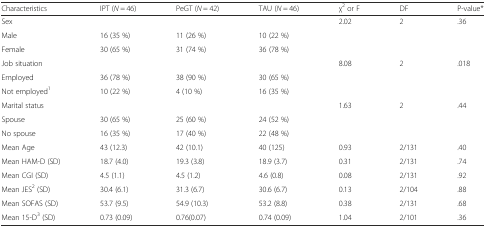
<table><thead><tr><td><b>Characteristics</b></td><td><b>IPT (<i>N</i> = 46)</b></td><td><b>PeGT (<i>N</i> = 42)</b></td><td><b>TAU (<i>N</i> = 46)</b></td><td><b>χ<sup>2</sup> or F</b></td><td><b>DF</b></td><td><b>P-value*</b></td></tr></thead><tbody><tr><td>Sex</td><td></td><td></td><td></td><td>2.02</td><td>2</td><td>.36</td></tr><tr><td>Male</td><td>16 (35 %)</td><td>11 (26 %)</td><td>10 (22 %)</td><td></td><td></td><td></td></tr><tr><td>Female</td><td>30 (65 %)</td><td>31 (74 %)</td><td>36 (78 %)</td><td></td><td></td><td></td></tr><tr><td>Job situation</td><td></td><td></td><td></td><td>8.08</td><td>2</td><td>.018</td></tr><tr><td>Employed</td><td>36 (78 %)</td><td>38 (90 %)</td><td>30 (65 %)</td><td></td><td></td><td></td></tr><tr><td>Not employed<sup>1</sup></td><td>10 (22 %)</td><td>4 (10 %)</td><td>16 (35 %)</td><td></td><td></td><td></td></tr><tr><td>Marital status</td><td></td><td></td><td></td><td>1.63</td><td>2</td><td>.44</td></tr><tr><td>Spouse</td><td>30 (65 %)</td><td>25 (60 %)</td><td>24 (52 %)</td><td></td><td></td><td></td></tr><tr><td>No spouse</td><td>16 (35 %)</td><td>17 (40 %)</td><td>22 (48 %)</td><td></td><td></td><td></td></tr><tr><td>Mean Age</td><td>43 (12.3)</td><td>42 (10.1)</td><td>40 (125)</td><td>0.93</td><td>2/131</td><td>.40</td></tr><tr><td>Mean HAM-D (SD)</td><td>18.7 (4.0)</td><td>19.3 (3.8)</td><td>18.9 (3.7)</td><td>0.31</td><td>2/131</td><td>.74</td></tr><tr><td>Mean CGI (SD)</td><td>4.5 (1.1)</td><td>4.5 (1.2)</td><td>4.6 (0.8)</td><td>0.08</td><td>2/131</td><td>.92</td></tr><tr><td>Mean JES<sup>2</sup> (SD)</td><td>30.4 (6.1)</td><td>31.3 (6.7)</td><td>30.6 (6.7)</td><td>0.13</td><td>2/104</td><td>.88</td></tr><tr><td>Mean SOFAS (SD)</td><td>53.7 (9.5)</td><td>54.9 (10.3)</td><td>53.2 (8.8)</td><td>0.38</td><td>2/131</td><td>.68</td></tr><tr><td>Mean 15-D<sup>3</sup> (SD)</td><td>0.73 (0.09)</td><td>0.76(0.07)</td><td>0.74 (0.09)</td><td>1.04</td><td>2/101</td><td>.36</td></tr></tbody></table>